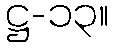
ဋ္ဌ-၁၃။